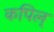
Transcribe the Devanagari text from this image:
कपिल्